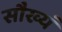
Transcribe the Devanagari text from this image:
सौख्यं